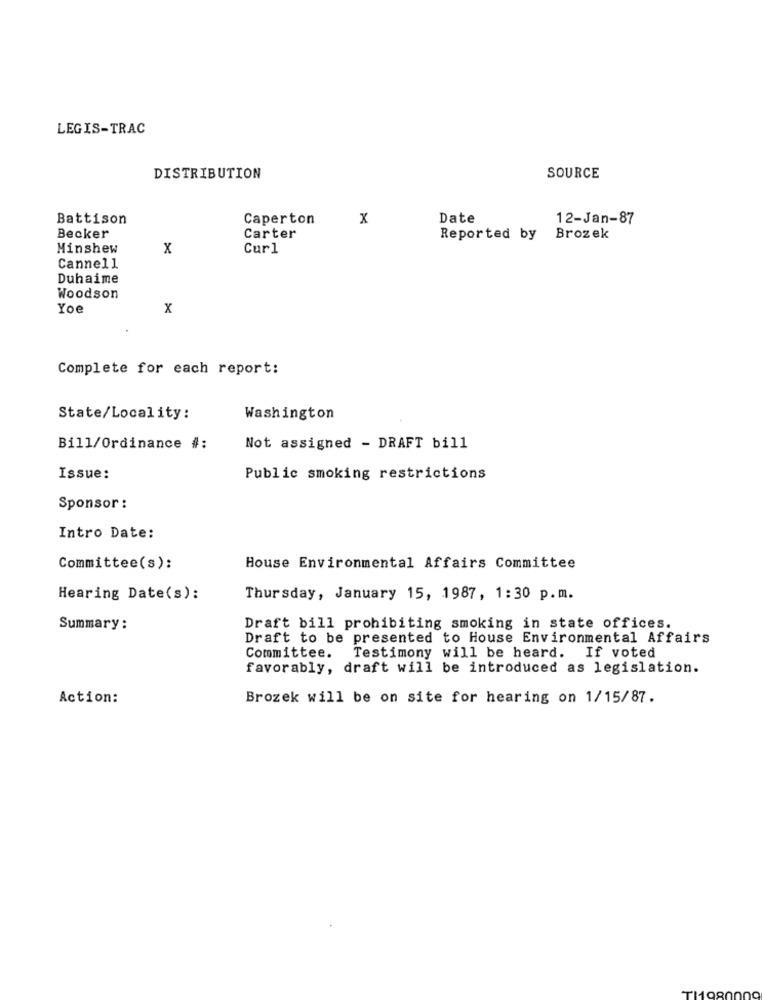
LEGIS-TRAC
DISTRIBUTION
SOURCE
Battison
Caperton
x
Date
12-Jan-87
Becker
Carter
Reported by
Brozek
Minshew
x
Curl
Cannell
Duhaime
Woodson
Yoe
x
Complete for each report:
State/Locality:
Washington
Bill/Ordinance #:
Not assigned - DRAFT bill
Issue:
Public smoking restrictions
Sponsor :
Intro Date:
Committee(s):
House Environmental Affairs Committee
Hearing Date(s):
Thursday, January 15, 1987, 1:30 p.m.
Summary:
Draft bill prohibiting smoking in state offices.
Draft to be presented to House Environmental Affairs
Committee. Testimony will be heard. If voted
favorably, draft will be introduced as legislation.
Action:
Brozek will be on site for hearing on 1/15/87.